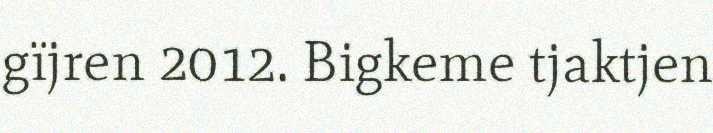
gïjren 2012. Bigkeme tjaktjen